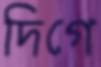
দিগে